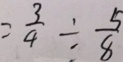
= \frac { 3 } { 4 } \div \frac { 5 } { 8 }